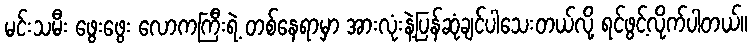
မင်းသမီး ဖွေးဖွေး လောကကြီးရဲ့ တစ်နေရာမှာ အားလုံးနဲ့ပြန်ဆုံချင်ပါသေးတယ်လို့ ရင်ဖွင့်လိုက်ပါတယ်။